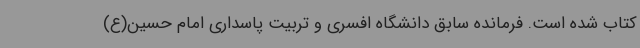
کتاب شده است. فرمانده سابق دانشگاه افسری و تربیت پاسداری امام حسین(ع)